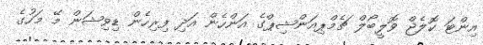
އިންޓަ ކޮލެޖް ވޮލީބޯލް ޗެމްޕިއަންޝިޕްގެ އަންހެން އަދި ފިރިހެން ޑިވިޝަން މޭ މަހުގެ